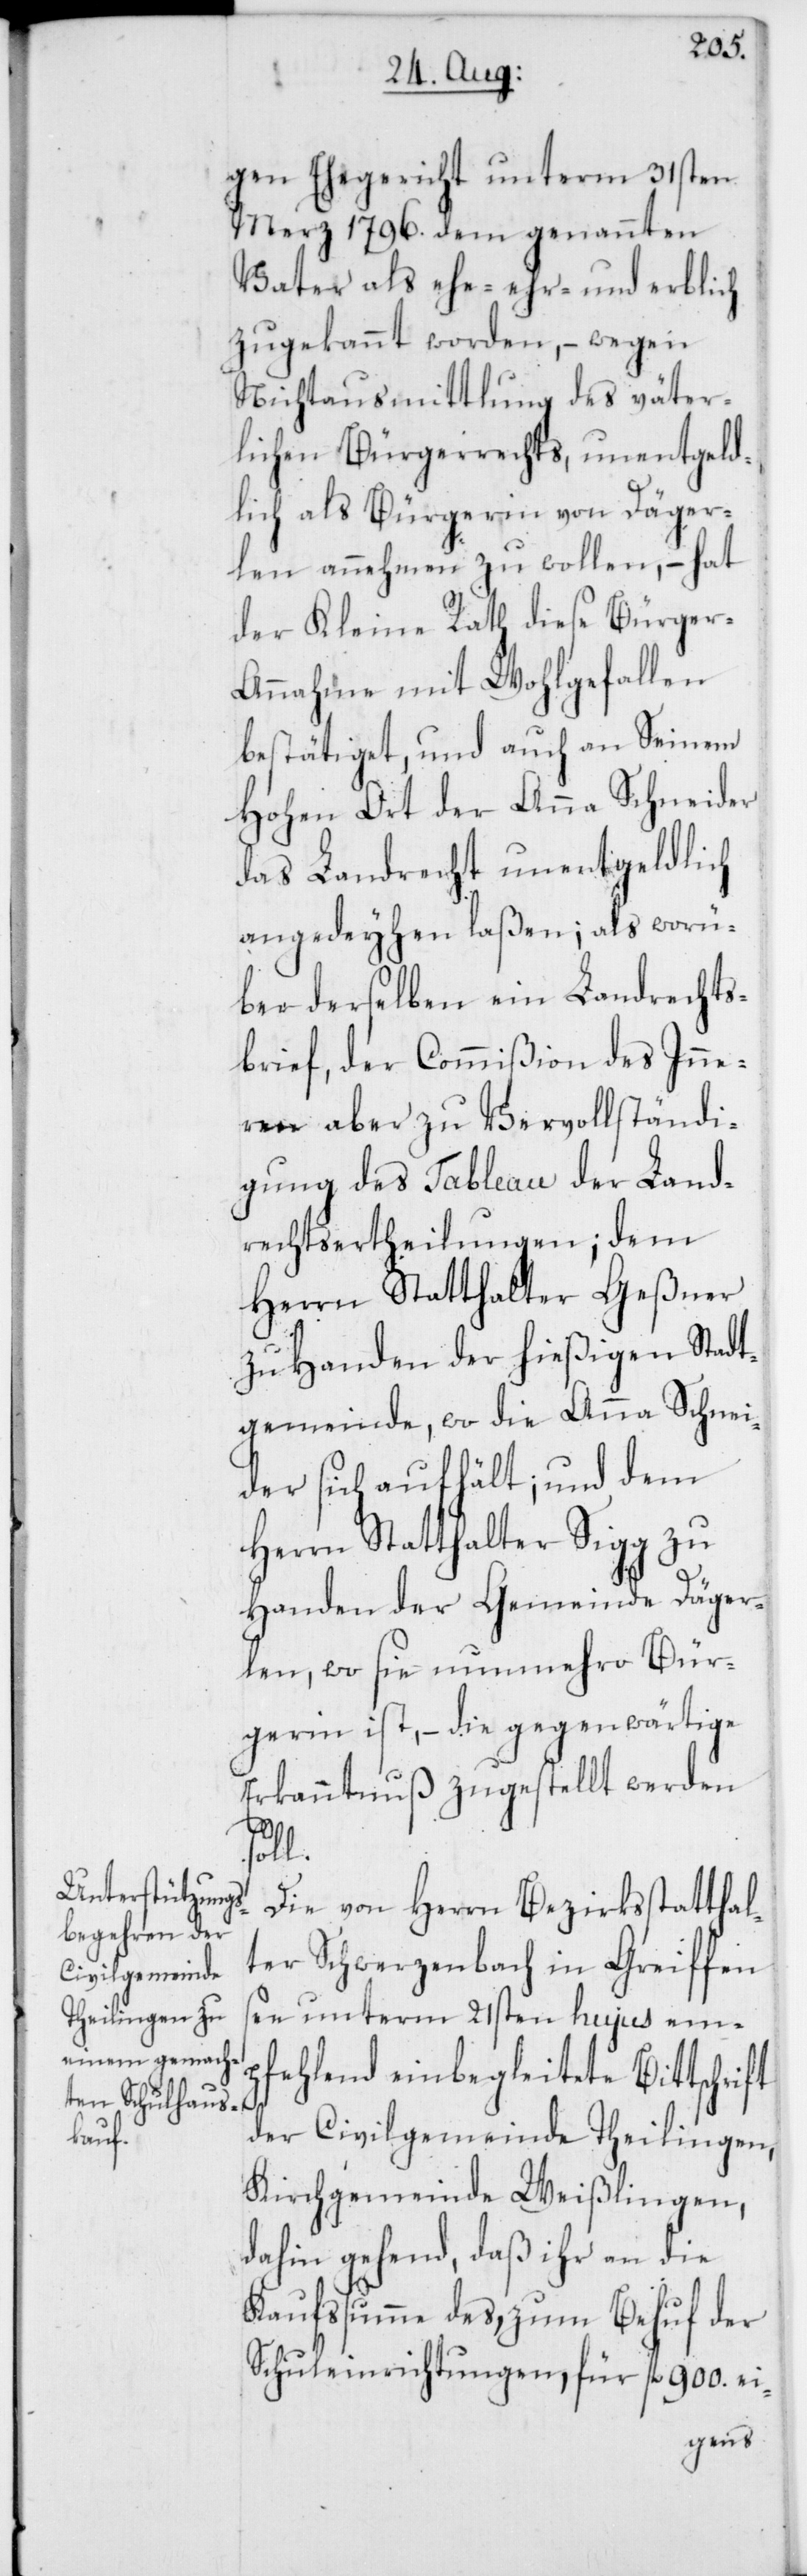
gen Ehegericht unterm 31sten
Merz 1796. dem genannten
Vater als ehe-ehr- und erblich
zugekannt worden, – wegen
Nichtausmittlung des väter¬
lichen Bürgerrechts, unentgeld¬
lich als Bürgerin von Däger¬
len annehmen zu wollen, – hat
der Kleine Rath diese Bürger-A¬
nnahme mit Wohlgefallen
bestätiget, und auch an Seinem
Hohen Ort der Anna Schneider
das Landrecht unentgeldlich
angedeyhen laßen; als worü¬
ber derselben ein Landrechts¬
brief, der Commißion des Inne¬
ren aber zu Vervollständi¬
gung des Tableau der Land¬
rechtsertheilungen; dem
Herrn Statthalter Geßner
zu Handen der hießigen Stadt¬
gemeinde, wo die Anna Schnei¬
der sich aufhält; und dem
Herrn Statthalter Sigg zu
Handen der Gemeinde Däger¬
len, wo sie nunmehro Bür¬
gerin ist, – die gegenwärtige
Erkanntnuß zugestellt werden
l.
Die von Herrn Bezirksstatthal¬
ter Schwerzenbach in Greiffen¬
see unterm 21sten hujus em¬
pfehlend einbegleitete Bittschrift
der Civilgemeinde Theilingen,
Kirchgemeinde Weißlingen,
dahin gehend, daß ihr an die
Kaufssumme des, zum Behuf der
Schuleinrichtungen, für fl. 900. ei-